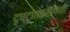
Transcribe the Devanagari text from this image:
दृष्टांततरंगिणी